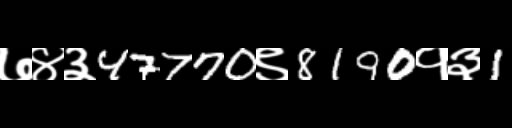
Text: ७४३47770९8190१३1